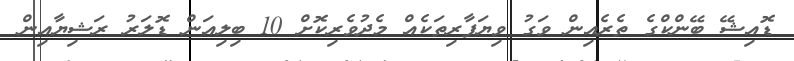
ޑޮއިޝޭ ބޭންކްގެ ތެރެއިން ވަގު ވިޔަފާރިތަކެއް މެދުވެރިކޮށް 10 ބިލިއަން ޑޮލަރު ރަޝިޔާއިން